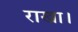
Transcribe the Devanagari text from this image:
राखा।